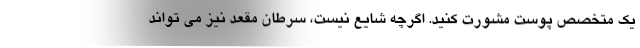
یک متخصص پوست مشورت کنید. اگرچه شایع نیست، سرطان مقعد نیز می تواند